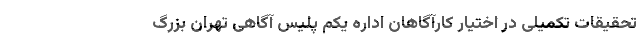
تحقیقات تکمیلی در اختیار کارآگاهان اداره یکم پلیس آگاهی تهران بزرگ